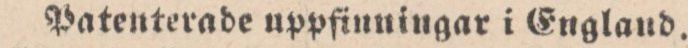
Patenterade uppfinningar i England.